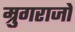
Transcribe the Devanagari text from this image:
म्रुगराजो